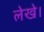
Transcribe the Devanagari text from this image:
लेखे।